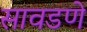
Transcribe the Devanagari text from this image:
सावडणे